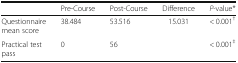
|  | Pre-Course | Post-Course | Difference | P-value* |
 | --- | --- | --- | --- | --- |
 | Questionnaire mean score | 38.484 | 53.516 | 15.031 | < 0.001† |
 | Practical test pass | 0 | 56 |  | < 0.001‡ |